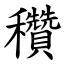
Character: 穳